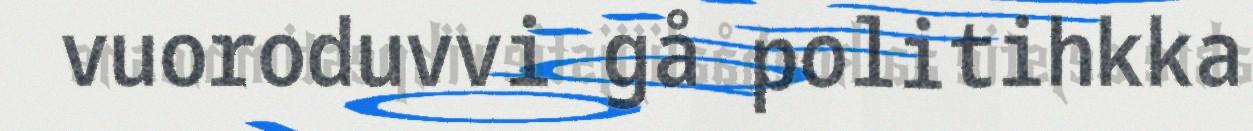
vuoroduvvi gå politihkka